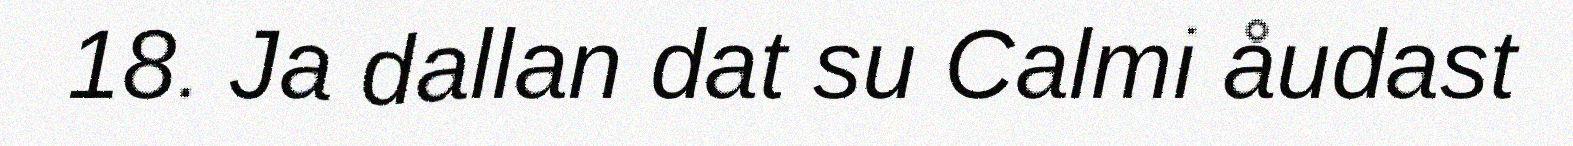
18. Ja dallan dat su Calmi åudast